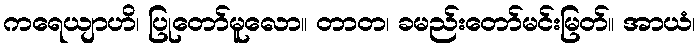
ကရေယျာဟိ၊ ပြုတော်မူလော။ တာတ၊ ခမည်းတော်မင်းမြတ်။ အာယံ၊